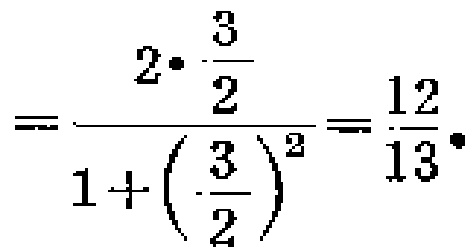
\[
=\frac{2\cdot\frac{3}{2}}{1 + \left(\frac{3}{2}\right)^2}=\frac{12}{13}.
\]